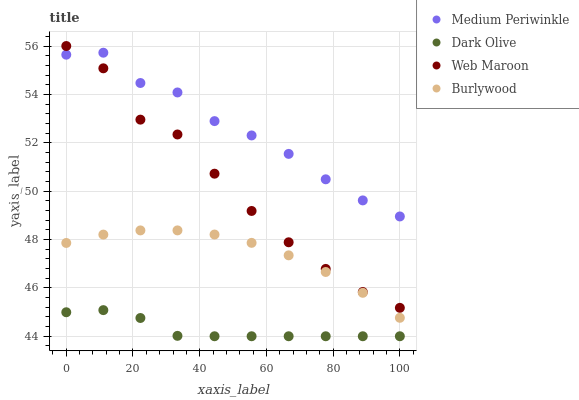
| xaxis_label | Medium Periwinkle | Dark Olive | Web Maroon | Burlywood |
 | --- | --- | --- | --- | --- |
 | 0 | 55.6 | 45 | 56 | 47.9 |
 | 11.1 | 55.7 | 45.1 | 55.1 | 48.2 |
 | 22.2 | 54.5 | 44.8 | 53 | 48.4 |
 | 33.3 | 54.1 | 44 | 52.3 | 48.4 |
 | 44.4 | 52.9 | 44 | 50.7 | 48.2 |
 | 55.6 | 52.3 | 44 | 49.2 | 47.9 |
 | 66.7 | 51.5 | 44 | 47.9 | 47.3 |
 | 77.8 | 50.5 | 44 | 46.8 | 46.7 |
 | 88.9 | 49.6 | 44 | 45.8 | 45.8 |
 | 100 | 49 | 44 | 45.2 | 44.8 |